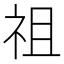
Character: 祖